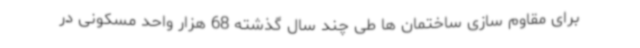
برای مقاوم سازی ساختمان ها طی چند سال گذشته 68 هزار واحد مسکونی در